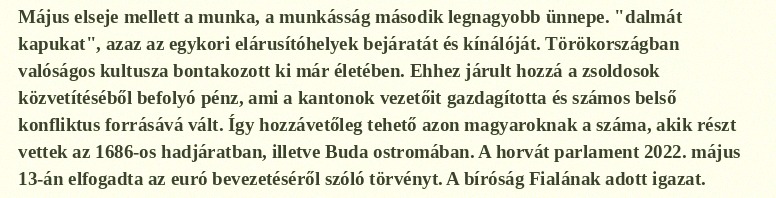
Május elseje mellett a munka, a munkásság második legnagyobb ünnepe. "dalmát kapukat", azaz az egykori elárusítóhelyek bejáratát és kínálóját. Törökországban valóságos kultusza bontakozott ki már életében. Ehhez járult hozzá a zsoldosok közvetítéséből befolyó pénz, ami a kantonok vezetőit gazdagította és számos belső konfliktus forrásává vált. Így hozzávetőleg tehető azon magyaroknak a száma, akik részt vettek az 1686-os hadjáratban, illetve Buda ostromában. A horvát parlament 2022. május 13-án elfogadta az euró bevezetéséről szóló törvényt. A bíróság Fialának adott igazat.